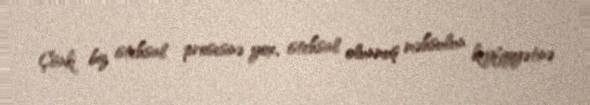
Çünki biz istehsal prosesinə yox, istehsal olunmuş məhsulun keyfiyyətinə